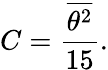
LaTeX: C={\frac{\overline{{{\theta^{2}}}}}{15}}.